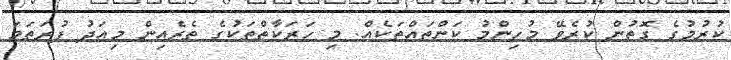
ކުރުމުގެ ގޮތުން ކުރެވޭ މުހިންމު ކަންތައްތަކެއް. މި ހަރަކާތްތަކުގެ ތެރެއިން މިއަދު ފުރަތަމަ